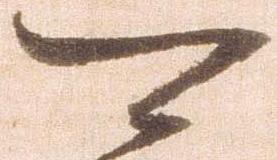
可